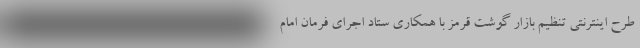
طرح اینترنتی تنظیم بازار گوشت قرمز با همکاری ستاد اجرای فرمان امام